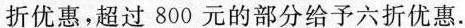
折优惠，超过800元的部分给予六折优惠。